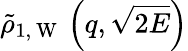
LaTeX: \tilde{\rho}_{1,\mathrm{~W~}}\left(q,\sqrt{2E}\right)